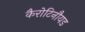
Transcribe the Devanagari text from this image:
कैरोटिनौयड